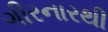
ગીરનારથી